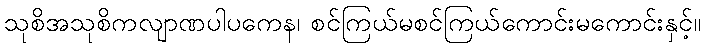
သုစိအသုစိကလျာဏပါပကေန၊ စင်ကြယ်မစင်ကြယ်ကောင်းမကောင်းနှင့်။